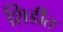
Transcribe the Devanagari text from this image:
शिर्डीत